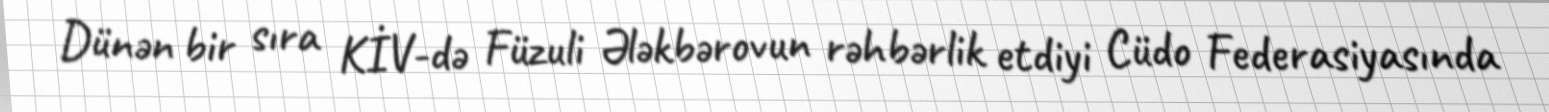
Dünən bir sıra KİV-də Füzuli Ələkbərovun rəhbərlik etdiyi Cüdo Federasiyasında